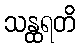
သန္ထရတိ